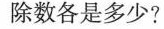
除数各是多少?